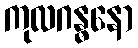
ကုလဂန္ဓနော